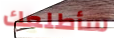
سأطلعك